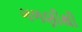
ગળણીથી